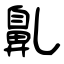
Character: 𪖐